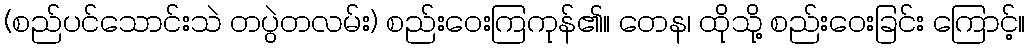
(စည်ပင်သောင်းသဲ တပွဲတလမ်း) စည်းဝေးကြကုန်၏။ တေန၊ ထိုသို့ စည်းဝေးခြင်း ကြောင့်။